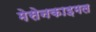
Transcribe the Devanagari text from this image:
मेसेनकाइमल